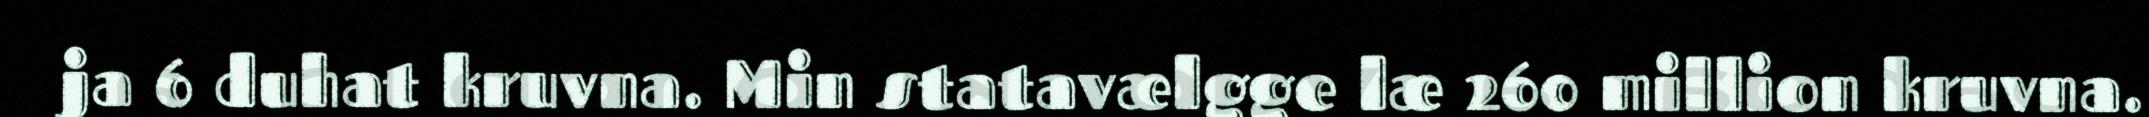
ja 6 duhat kruvna. Min statavælgge læ 260 million kruvna.